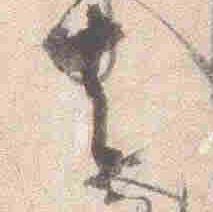
去